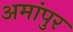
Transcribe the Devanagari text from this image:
अमांपुर